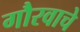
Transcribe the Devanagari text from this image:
गौरवाचे